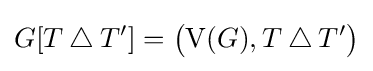
G[T\mathbin {\triangle } T']={\bigl (}\mathrm {V} (G),T\mathbin {\triangle } T'{\bigr )}